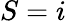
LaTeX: S=i